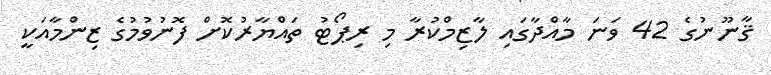
ޤާނޫނުގެ 42 ވަނަ މާއްދާގައި ލާޒިމްކުރާ މި ރިޕޯޓު ތައްޔާރުކޮށް ފޮނުވުމުގެ ޒިންމާއަކީ